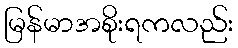
မြန်မာအစိုးရကလည်း